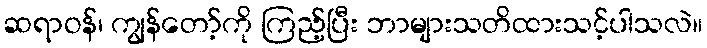
ဆရာဝန်၊ ကျွန်တော့်ကို ကြည့်ပြီး ဘာများသတိထားသင့်ပါသလဲ။